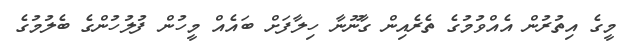
މީގެ އިތުރުން އެއްވުމުގެ ތެރެއިން ގާނޫނާ ހިލާފަށް ބައެެއް މީހުން ފުލުހުންގެ ބެލުމުގެ